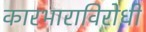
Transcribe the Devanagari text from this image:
कारभाराविरोधी